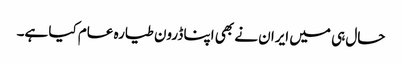
حال ہی میں ایران نے بھی اپنا ڈرون طیارہ عام کیا ہے۔